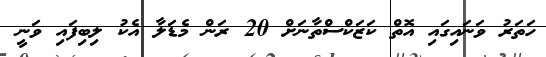
ހަތަރު ވަނައިގައި އޮތް ކަޒަކްސްތާނަށް 20 ރަން މެޑަލާ އެކު ލިބިފައި ވަނީ